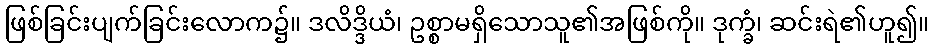
ဖြစ်ခြင်းပျက်ခြင်းလောက၌။ ဒလိဒ္ဒိယံ၊ ဥစ္စာမရှိသောသူ၏အဖြစ်ကို။ ဒုက္ခံ၊ ဆင်းရဲ၏ဟူ၍။